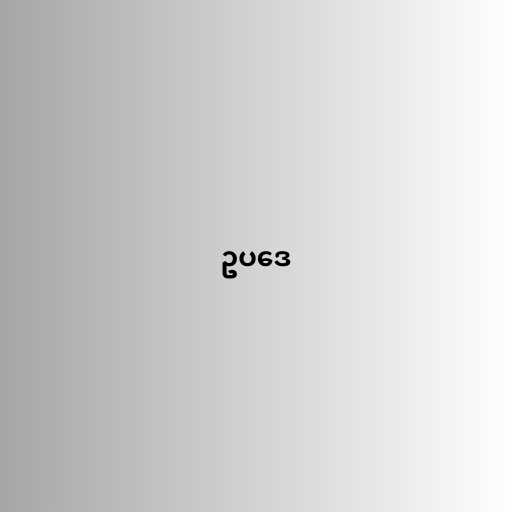
ဥပဒေ